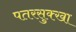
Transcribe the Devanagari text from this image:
पतरसुक्खा